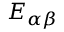
E _ { \alpha \beta }